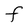
Character: F